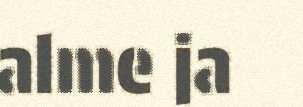
alme ja